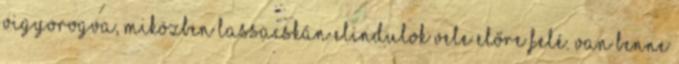
vigyorogva, miközben lassacskán elindulok vele előre felé. Van benne